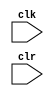
module PRPG(clk,clr);
  input clk;
  input clr;
  reg[3:1] Q;  
 

always@(posedge clk)
  if(clr)
    Q<=3'b100;  
  else begin
    Q[3:2]<=Q[2:1];
    Q[1]<=Q[1]^Q[3];
  end
endmodule